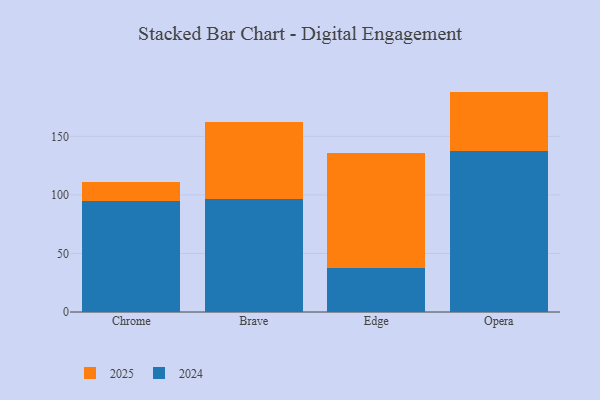
{"axis": {"x": "Browser", "y": "Active Users"}, "legend": ["2024", "2025"], "data": [{"x": "Chrome", "y": 15.9, "type": "2025"}, {"x": "Chrome", "y": 95.1, "type": "2024"}, {"x": "Brave", "y": 65.7, "type": "2025"}, {"x": "Brave", "y": 96.2, "type": "2024"}, {"x": "Edge", "y": 98.5, "type": "2025"}, {"x": "Edge", "y": 37.4, "type": "2024"}, {"x": "Opera", "y": 50.9, "type": "2025"}, {"x": "Opera", "y": 137.3, "type": "2024"}]}